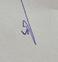
Signature authenticity: genuine